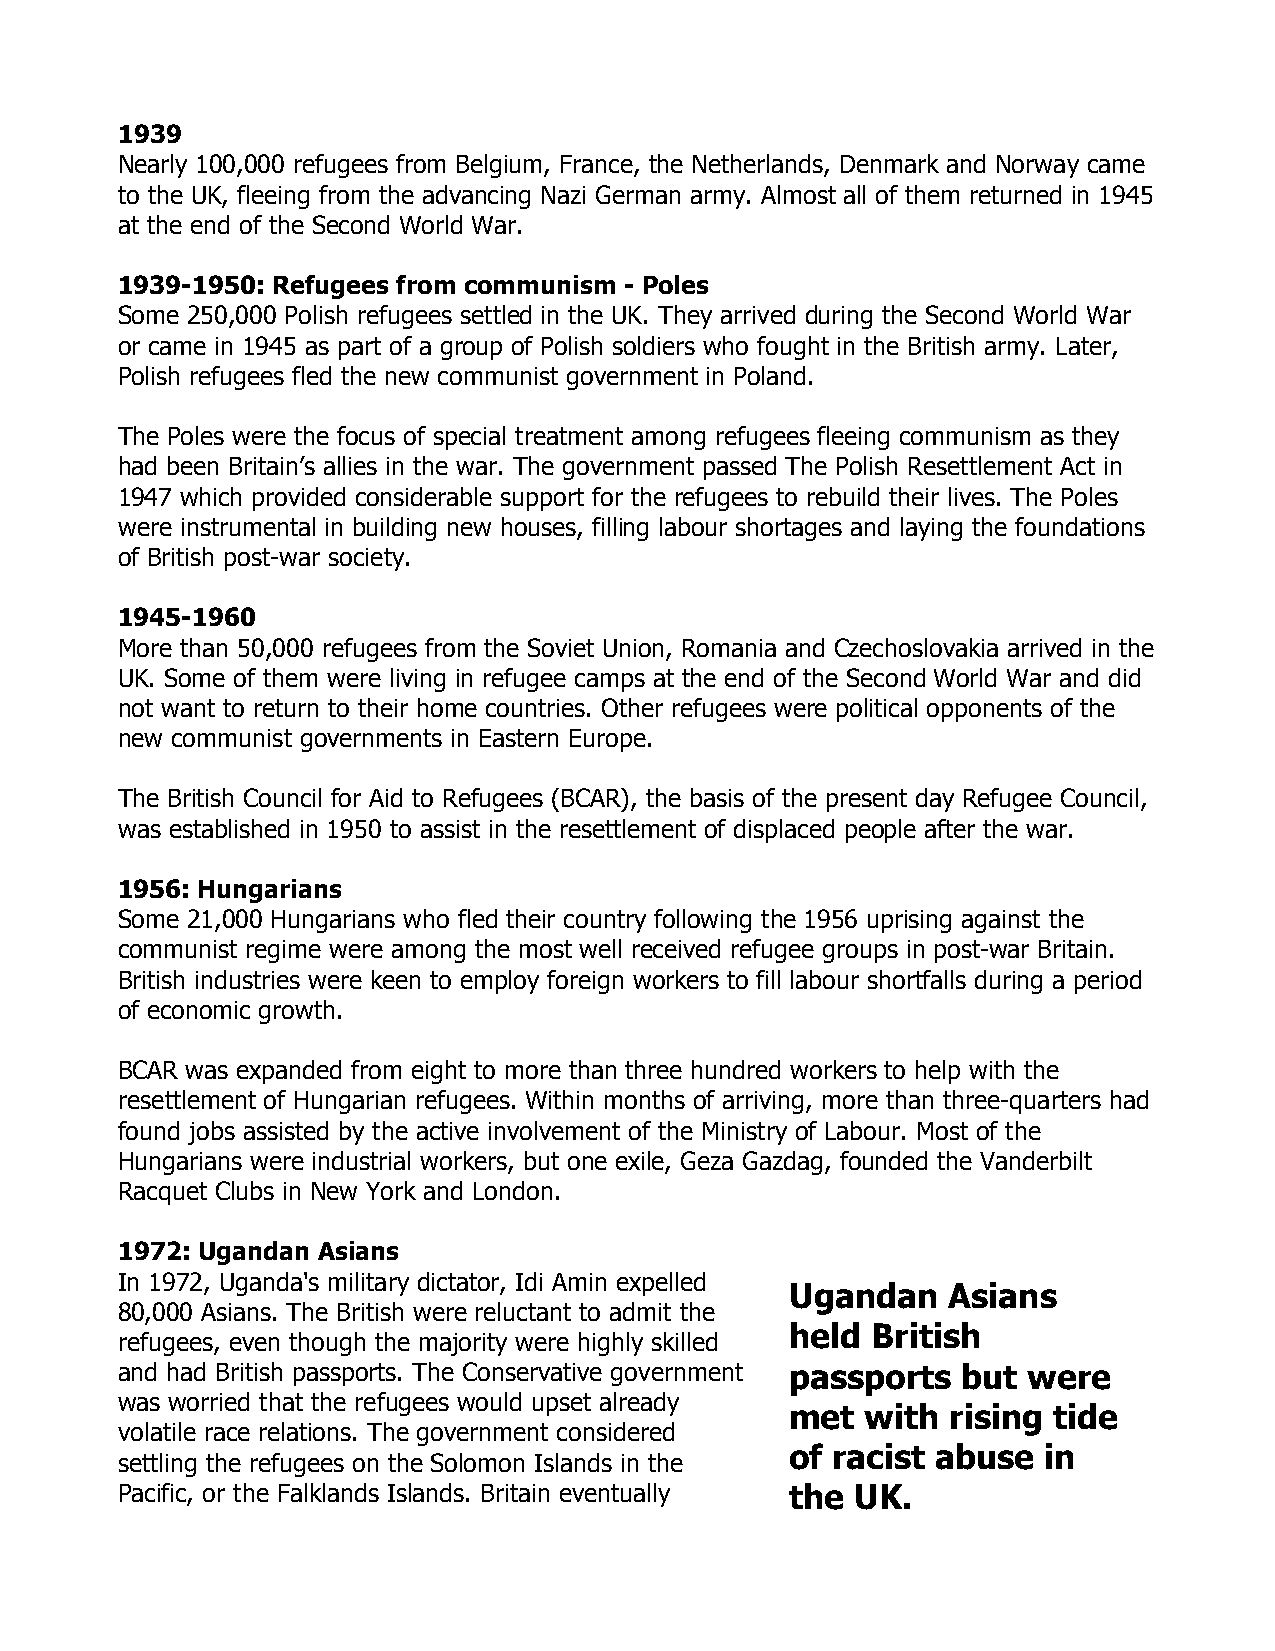
1939
 Nearly 100,000 refugees from Belgium, France, the Netherlands, Denmark and Norway came
 to the UK, fleeing from the advancing Nazi German army. Almost all of them returned in 1945
 at the end of the Second World War.
 1939-1950: Refugees from communism - Poles
 Some 250,000 Polish refugees settled in the UK. They arrived during the Second World War
 or came in 1945 as part of a group of Polish soldiers who fought in the British army. Later,
 Polish refugees fled the new communist government in Poland.
 The Poles were the focus of special treatment among refugees fleeing communism as they
 had been Britain’s allies in the war. The government passed The Polish Resettlement Act in
 1947 which provided considerable support for the refugees to rebuild their lives. The Poles
 were instrumental in building new houses, filling labour shortages and laying the foundations
 of British post-war society.
 1945-1960
 More than 50,000 refugees from the Soviet Union, Romania and Czechoslovakia arrived in the
 UK. Some of them were living in refugee camps at the end of the Second World War and did
 not want to return to their home countries. Other refugees were political opponents of the
 new communist governments in Eastern Europe.
 The British Council for Aid to Refugees (BCAR), the basis of the present day Refugee Council,
 was established in 1950 to assist in the resettlement of displaced people after the war.
 1956: Hungarians
 Some 21,000 Hungarians who fled their country following the 1956 uprising against the
 communist regime were among the most well received refugee groups in post-war Britain.
 British industries were keen to employ foreign workers to fill labour shortfalls during a period
 of economic growth.
 BCAR was expanded from eight to more than three hundred workers to help with the
 resettlement of Hungarian refugees. Within months of arriving, more than three-quarters had
 found jobs assisted by the active involvement of the Ministry of Labour. Most of the
 Hungarians were industrial workers, but one exile, Geza Gazdag, founded the Vanderbilt
 Racquet Clubs in New York and London.
 1972: Ugandan Asians
 In 1972, Uganda's military dictator, Idi Amin expelled
 Ugandan    Asians
 80,000 Asians. The British were reluctant to admit the
 held  British
 refugees, even though the majority were highly skilled
 and had British passports. The Conservative government passports but were
 was worried that the refugees would upset already
 met  with  rising tide
 volatile race relations. The government considered
 of racist abuse  in
 settling the refugees on the Solomon Islands in the
 Pacific, or the Falklands Islands. Britain eventually the UK.